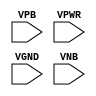
module sky130_fd_sc_hd__tapvgnd (
    //# {{power|Power}}
    input VPB ,
    input VPWR,
    input VGND,
    input VNB
);
endmodule